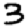
Digit: 3